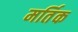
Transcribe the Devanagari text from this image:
मर्तिक